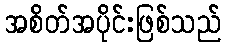
အစိတ်အပိုင်းဖြစ်သည်